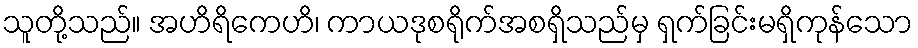
သူတို့သည်။ အဟိရိကေဟိ၊ ကာယဒုစရိုက်အစရှိသည်မှ ရှက်ခြင်းမရှိကုန်သော